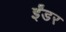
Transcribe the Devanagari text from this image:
ईंडर